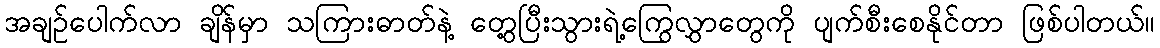
အချဉ်ပေါက်လာ ချိန်မှာ သကြားဓာတ်နဲ့ တွေ့ပြီးသွားရဲ့ကြွေလွှာတွေကို ပျက်စီးစေနိုင်တာ ဖြစ်ပါတယ်။